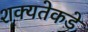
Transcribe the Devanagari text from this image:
शक्यतेकडे